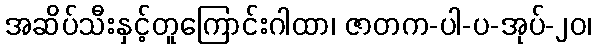
အဆိပ်သီးနှင့်တူကြောင်းဂါထာ၊ ဇာတက-ပါ-ပ-အုပ်-၂၀၊